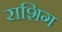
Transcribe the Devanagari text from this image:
राशिग